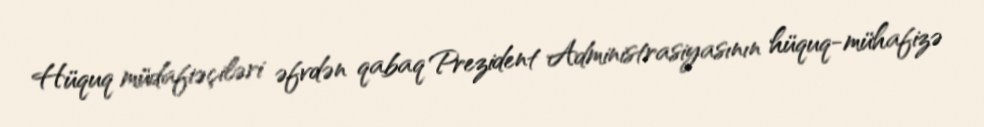
Hüquq müdafiəçiləri əfvdən qabaq Prezident Administrasiyasının hüquq-mühafizə